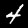
Digit: 4